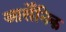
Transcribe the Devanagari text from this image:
आर्सेंनिक